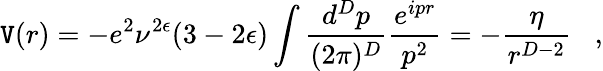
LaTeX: \mathtt{V}(r)=-e^{2}\nu^{2\epsilon}(3-2\epsilon)\int\frac{{d^{D}p}}{{(2\pi)^{D}}}\frac{{e^{ipr}}}{{p^{2}}}=-\frac{{\eta}}{{r^{D-2}}}\; \; \; ,